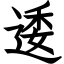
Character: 逶